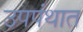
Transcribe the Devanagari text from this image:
उपपंथात